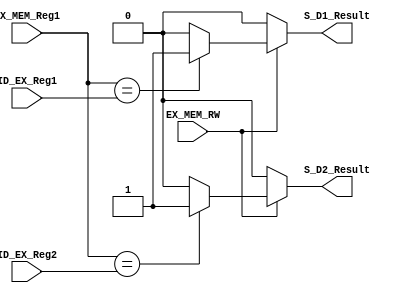
module DATA_HARZARD(
input EX_MEM_RW,
input[2:0]EX_MEM_Reg1,
input[2:0]ID_EX_Reg1,
input[2:0]ID_EX_Reg2,
output reg S_D1_Result,
output reg S_D2_Result
);
always@(EX_MEM_RW,EX_MEM_Reg1,ID_EX_Reg1,ID_EX_Reg2)
begin
if(EX_MEM_RW)
begin
if(EX_MEM_Reg1==ID_EX_Reg1)
S_D1_Result=1;
else S_D1_Result=0;
if(EX_MEM_Reg1==ID_EX_Reg2)
S_D2_Result=1;
else S_D2_Result=0;
end
else
begin
S_D1_Result=0;
S_D2_Result=0;
end
end
endmodule